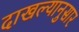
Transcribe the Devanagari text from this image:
दाखल्यानुसार